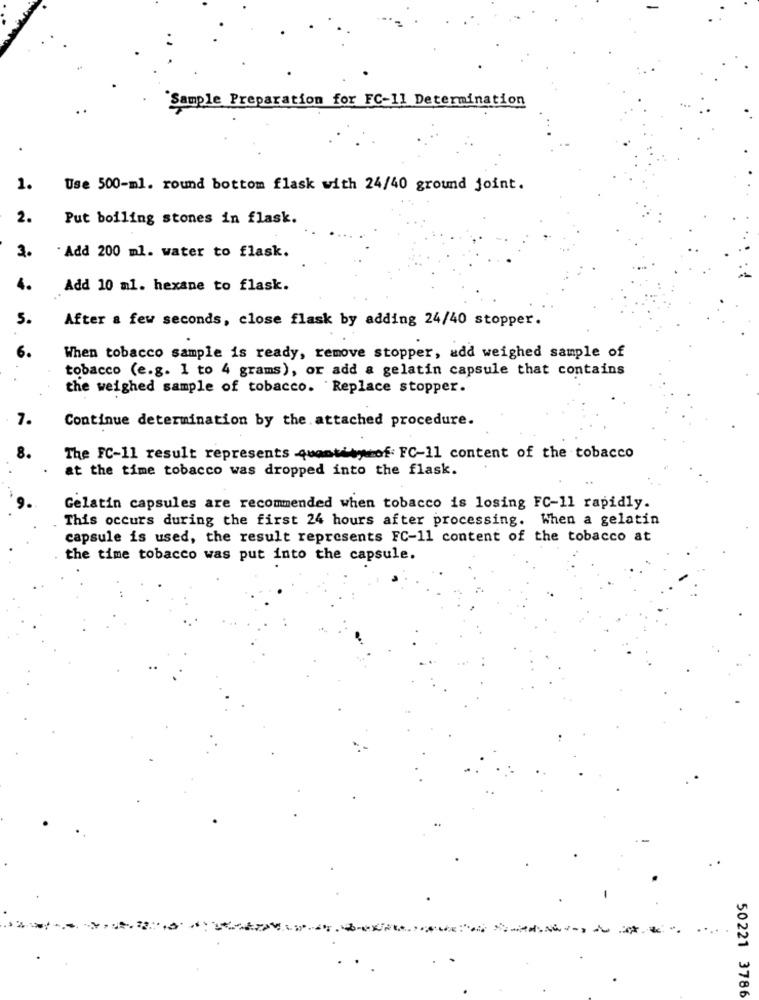
"Sample Preparation for FC-11 Determination
1.
Use 500-ml. round bottom flask with 24/40 ground joint.
2.
Put boiling stones in flask.
3.
Add 200 ml. water to flask.
4.
Add 10 ml. hexane to flask.
5.
After a few seconds, close flask by adding 24/40 stopper.
6.
When tobacco sample is ready, remove stopper, add weighed sample of
tobacco (e.g. 1 to 4 grams), or add & gelatin capsule that contains
the weighed sample of tobacco. Replace stopper.
Continue determination by the attached procedure.
The FC-11 result represents quantity of: FC-11 content of the tobacco
at the time tobacco was dropped into the flask.
Gelatin capsules are recommended when tobacco is losing FC-11 rapidly.
This occurs during the first 24 hours after processing. When a gelatin
capsule is used, the result represents FC-11 content of the tobacco at
the time tobacco was put into the capsule.
.
50221 3786